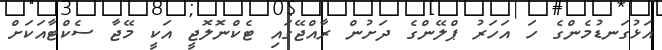
އަޅުގަނޑުމެންގެ ހަ އަހަރު ޕްލޭންގެ ދަށުން ރާއްޖޭގައި ޓެކްނޮލޮޖީ އަކީ މޭޖާ ސެކްޓާއަކަށް